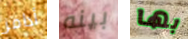
أدامز بينه بها